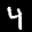
Label: 4